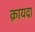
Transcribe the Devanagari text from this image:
क़ायदा